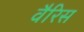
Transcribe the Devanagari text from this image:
वैरिस